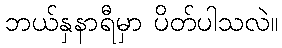
ဘယ်နှနာရီမှာ ပိတ်ပါသလဲ။